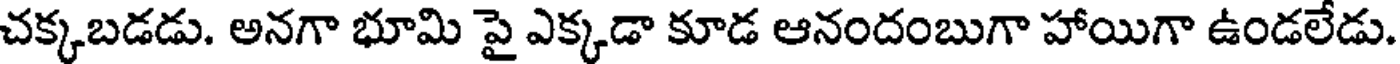
చక్కబడడు. అనగా భూమి పై ఎక్కడా కూడ ఆనందంబుగా హాయిగా ఉండలేడు.